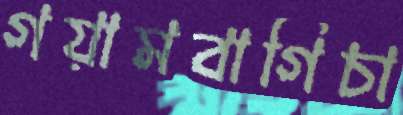
গয়ামবাগিচা